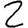
Digit: 2